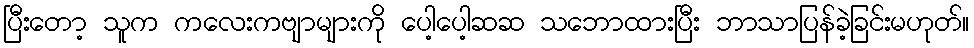
ပြီးတော့ သူက ကလေးကဗျာများကို ပေါ့ပေါ့ဆဆ သဘောထားပြီး ဘာသာပြန်ခဲ့ခြင်းမဟုတ်။